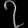
Digit: ၇